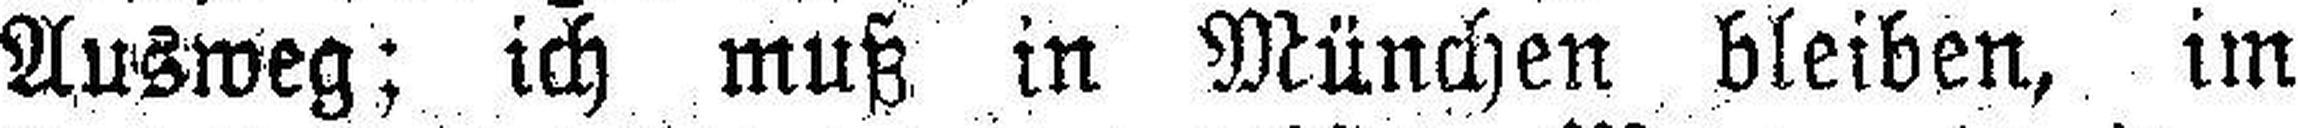
Ausweg; ich muß in München bleiben, im